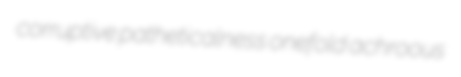
corruptive patheticalness onefold achroous